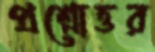
প্রশ্নোত্তর